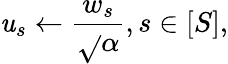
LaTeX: \mathit{u}_{s}\gets\frac{{w_{s}}}{{\sqrt{}{{\alpha}}}},s\in[S],